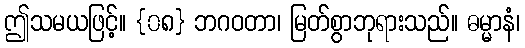
ဤသမယဖြင့်။ {၀၈} ဘဂဝတာ၊ မြတ်စွာဘုရားသည်။ ဓမ္မာနံ၊